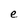
Character: e